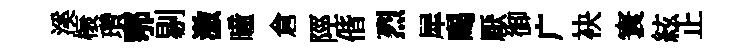
溪榱瓚鄂剔激曈倉陘偕烈犀暍厭御广袂寰絃止